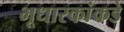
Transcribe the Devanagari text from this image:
भूधारकांकडे